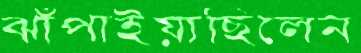
ঝাঁপাইয়াছিলেন